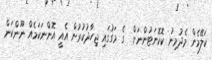
ކަލޭމެން މެދުމިނު ކޮކޮނަޓުންނަށް  ގެ މަގުގައި ޖިހާދުކުރުން އެއީ އޮންނަކަމެއް ނޫންކަން